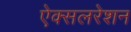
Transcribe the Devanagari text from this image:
ऐक्सलरेशन